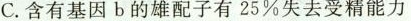
C.含有基因b的雄配子有25%失去受精能力